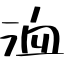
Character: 洫